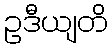
ဥဒီယျတိ